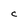
Character: C